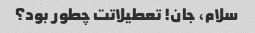
سلام، جان! تعطیلاتت چطور بود؟